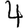
Digit: 4